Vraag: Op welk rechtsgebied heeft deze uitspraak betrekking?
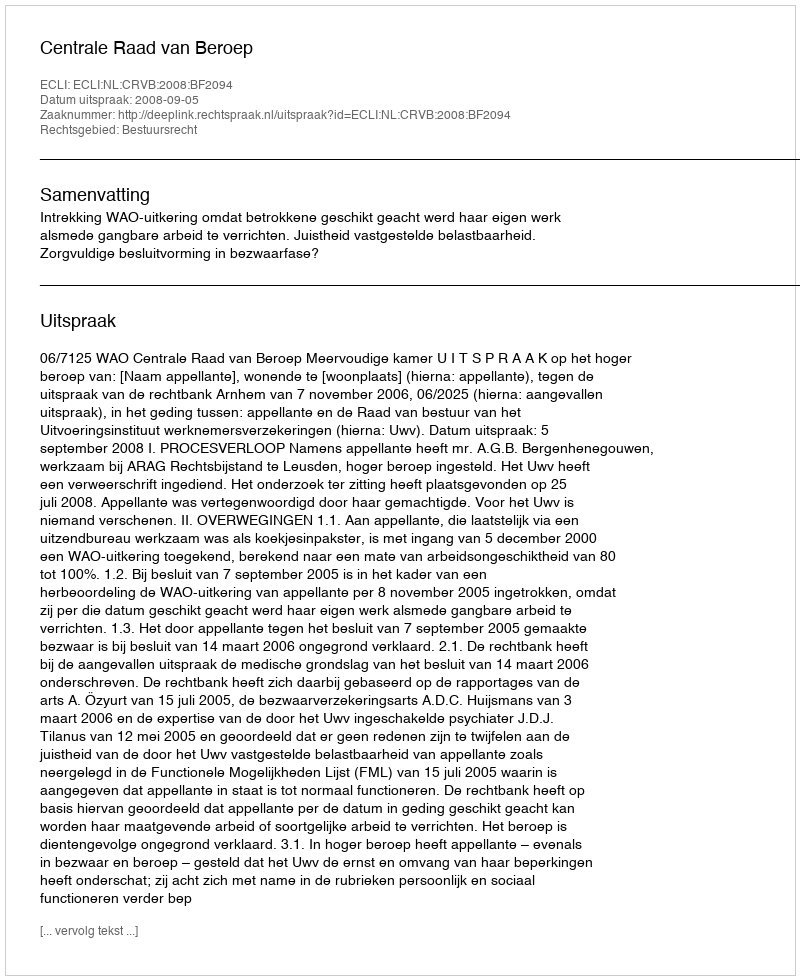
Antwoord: Bestuursrecht